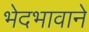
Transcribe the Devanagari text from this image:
भेदभावाने